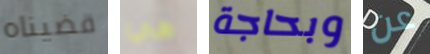
قضيناه هي وبحاجة عن